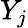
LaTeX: Y_{j}